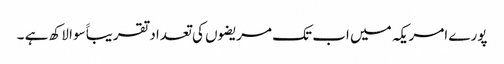
پورے امریکہ میں اب تک مریضوں کی تعداد تقریباََ سوا لاکھ ہے ۔